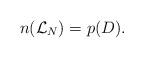
LaTeX: \begin{align*}n(\mathcal L_N)=p(D).\end{align*}